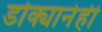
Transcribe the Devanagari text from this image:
डोक्यानेही